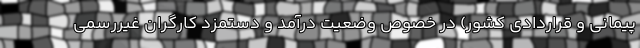
پیمانی و قراردادی کشور) در خصوص وضعیت درآمد و دستمزد کارگران غیررسمی